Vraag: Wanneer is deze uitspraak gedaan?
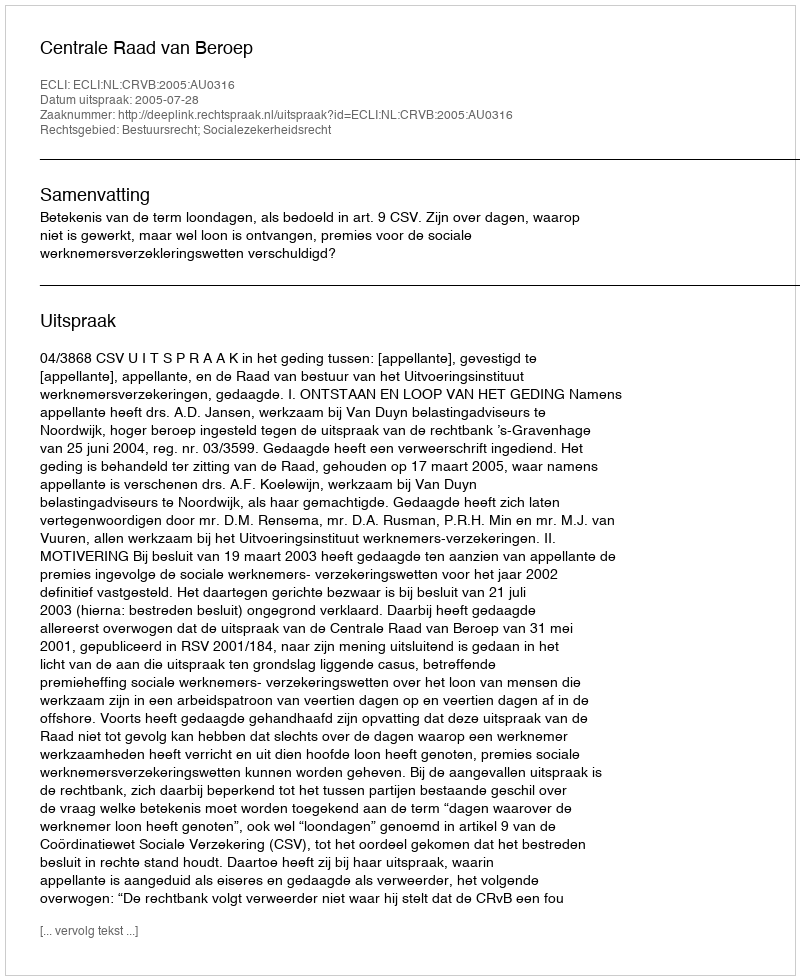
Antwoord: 2005-07-28